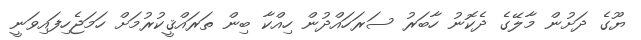
ޔޫގެ ދަށުން މާލޭގެ ދެކޮނު ހާބަރު ސަރަހައްދުން ހިއްކާ ބިން ތަރައްޤީކުރުމަށް ހަމަޖެހިފައިވަނީ